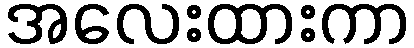
အလေးထားကာ